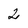
Character: 2